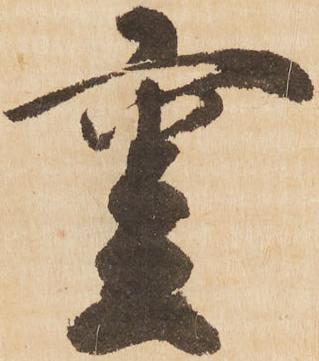
重